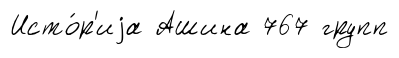
Исто́р'иjа Ашина 767 групп